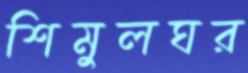
শিমুলঘর